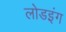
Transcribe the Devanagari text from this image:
लोडइंग